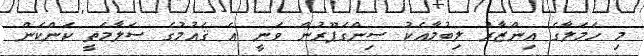
މި ހަމަލާގެ އިންޒާރު ލިބުމާއެކު ސިންގަޕޫރުން ވަނީ އެ ޤައުމުގެ ސަލާމަތީ ކަންކަން